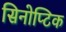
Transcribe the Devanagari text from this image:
सिनोप्टिक